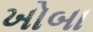
ખોબા